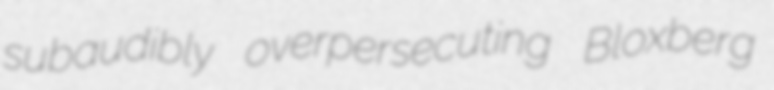
subaudibly overpersecuting Bloxberg